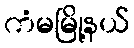
ကံမမြို့နယ်